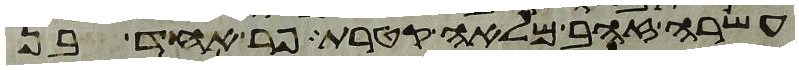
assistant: עשרה זהב מלאה קטרת פר אחד בן